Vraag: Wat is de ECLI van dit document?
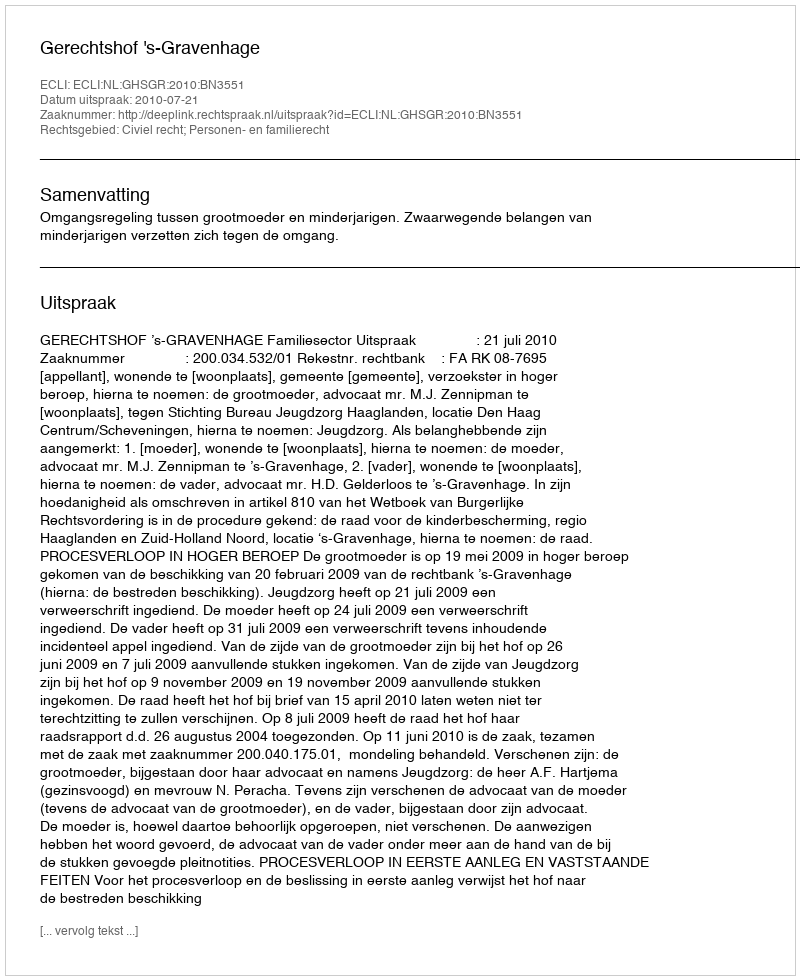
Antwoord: ECLI:NL:GHSGR:2010:BN3551